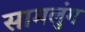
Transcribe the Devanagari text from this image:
सामलुंग